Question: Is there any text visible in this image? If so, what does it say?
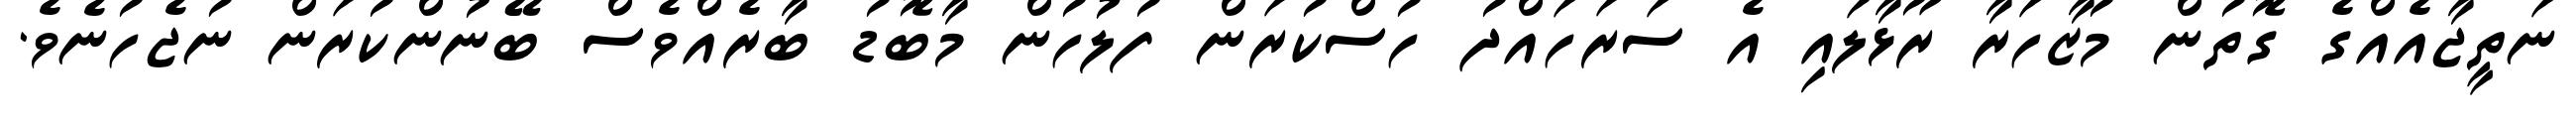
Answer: ނަތީޖާއެއްގެ ގޮތުން މުޒާހަރާ ރޫޅާލައި އެ ސަރަހައްދު ހުސްކުރަން ފުލުހުން މާބޮޑު ބާރެއްވެސް ބޭނުންކުރަން ނުޖެހުނެވެ.